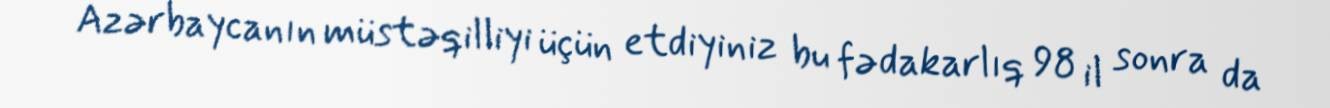
Azərbaycanın müstəqilliyi üçün etdiyiniz bu fədakarlıq 98 il sonra da